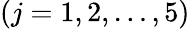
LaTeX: (j=1,2,\ldots,5)